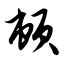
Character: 顿